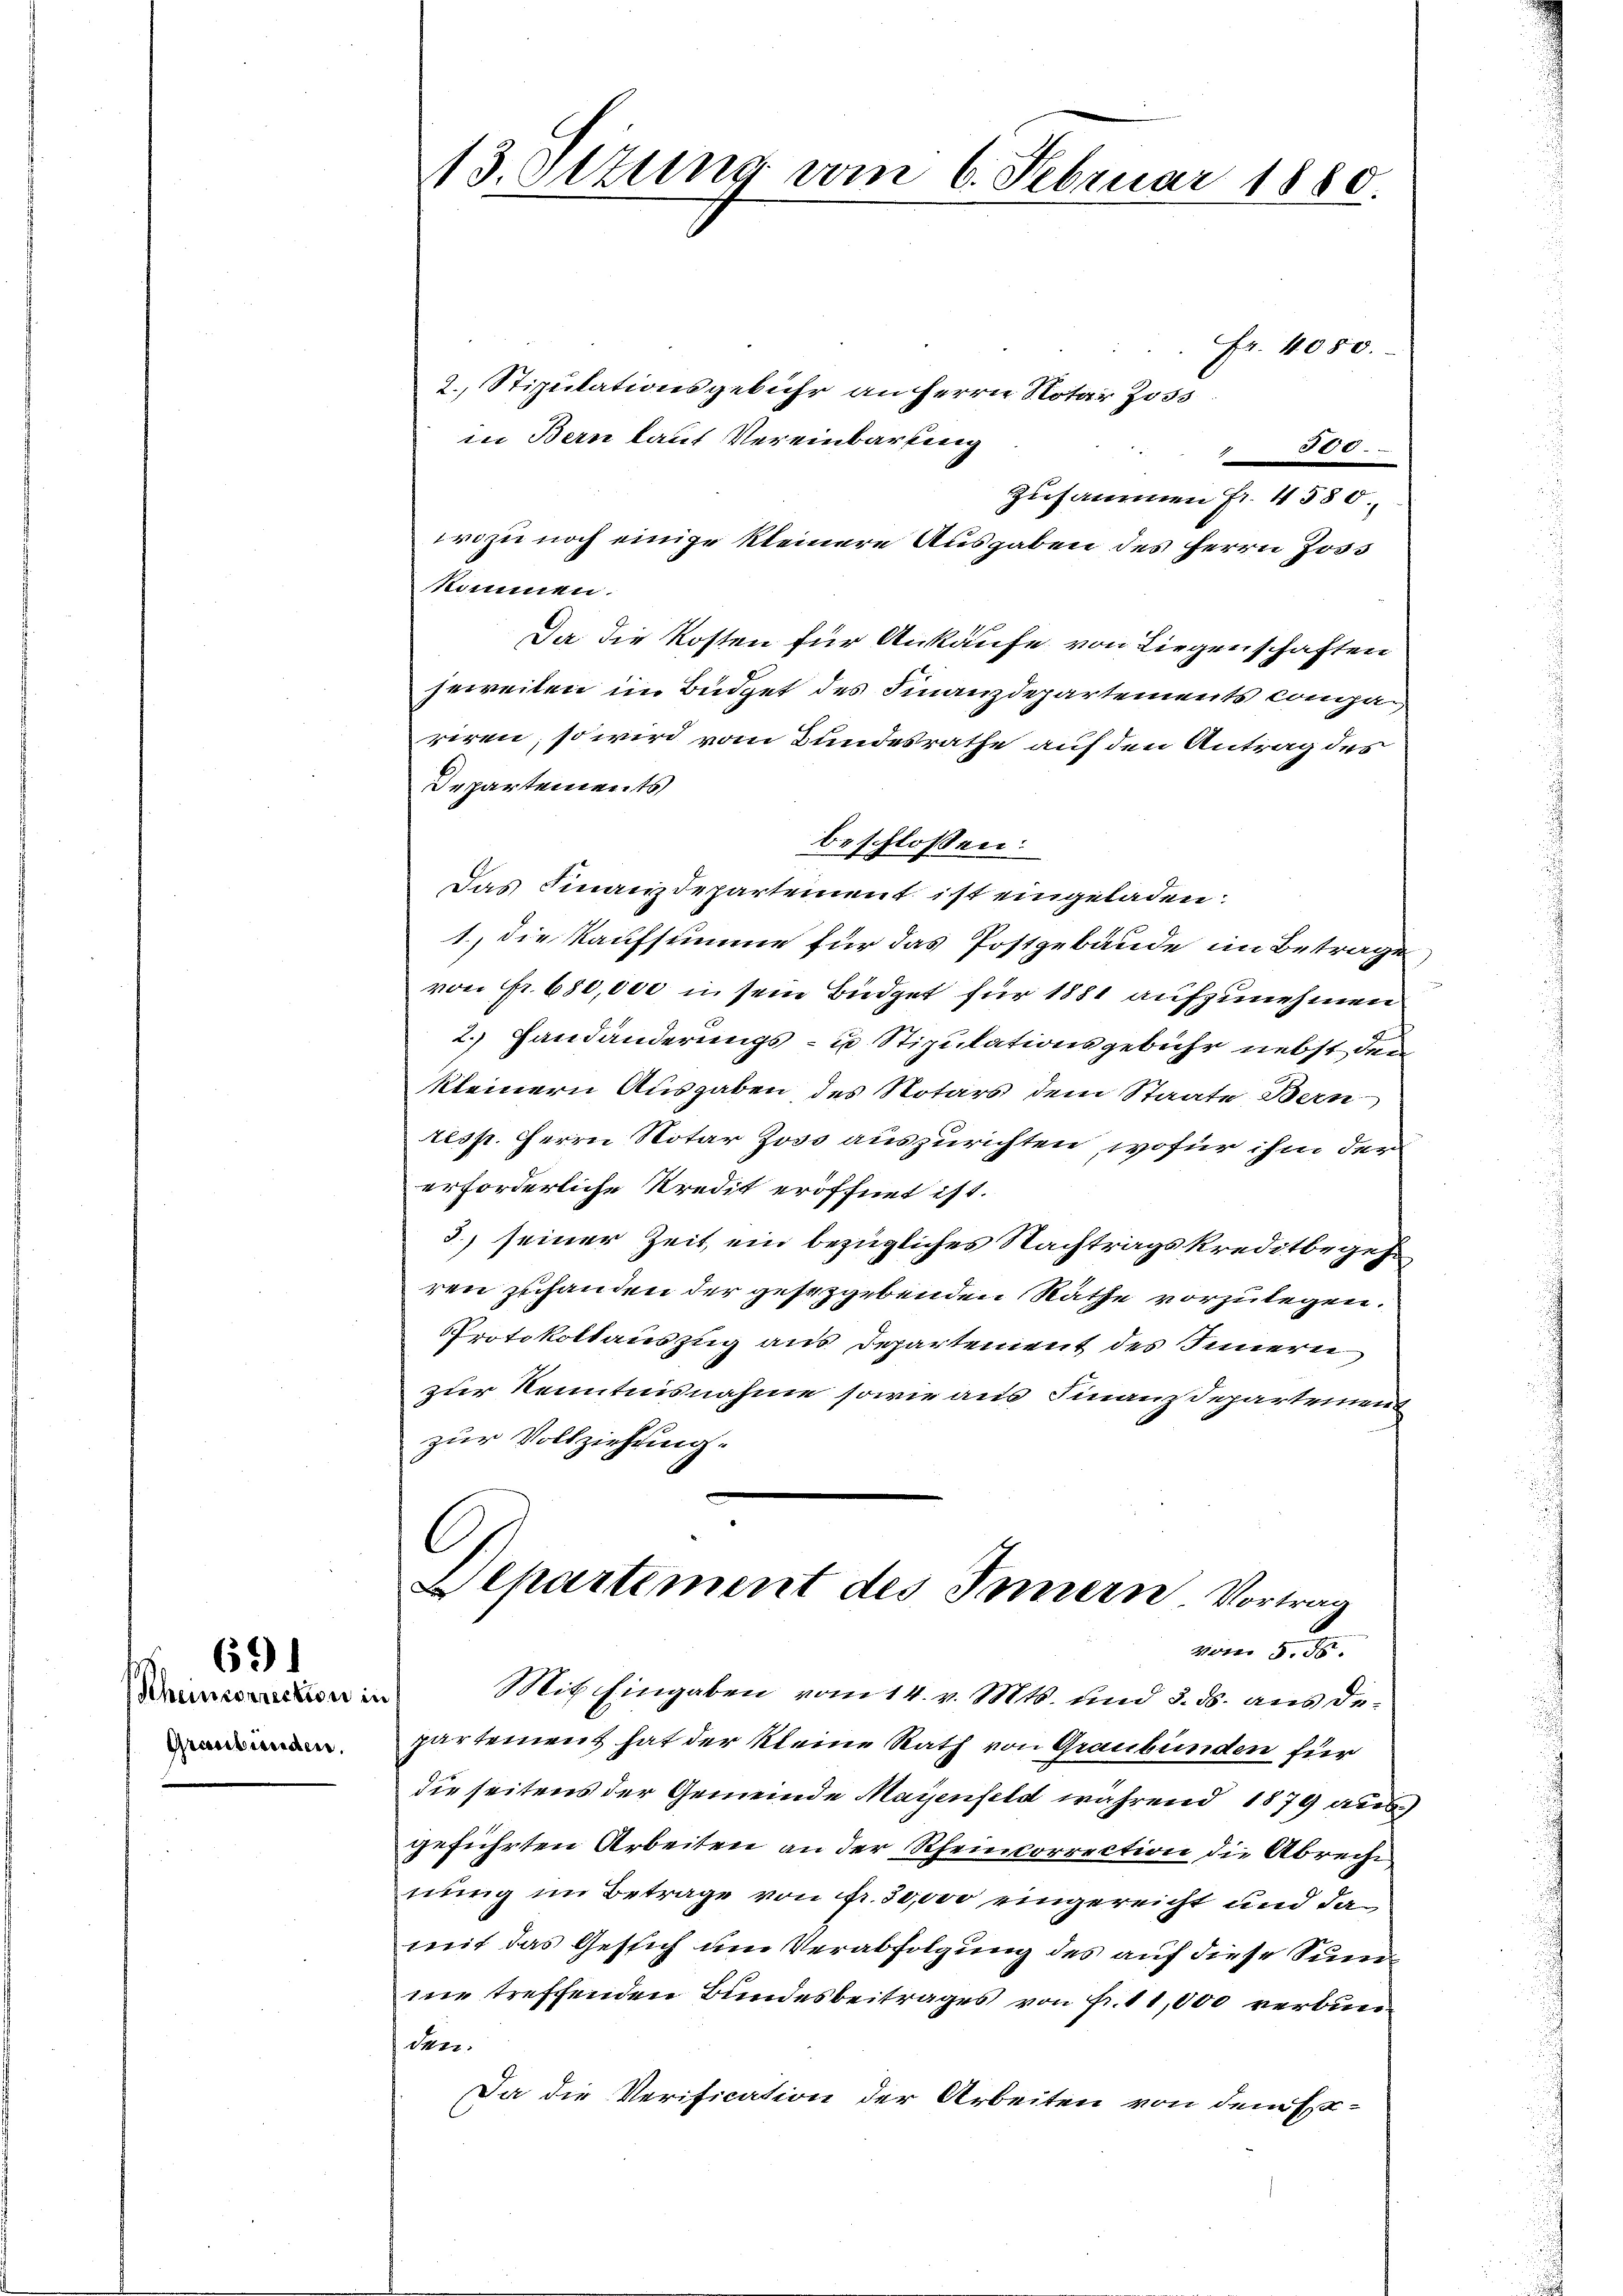
Scheincorrection i
Graubünden.

69)

13. Ottung vom 6. Februar 1880

Fr. 4050.
2. Stipulationsgebühr anherrn Notar Joss
in Bern lauf Vereinbarling
47115
zusammen Fr. 4580
wozu noch einige kleinere Ausgaben des Herrn Joss
komnen.
Da die Kosten für Ankaufe von Liegenschaften
jeweilen im Büdget des Finanzdepartements Congariren, so wird vom Bundesrathe auf den Antrag des
Departements
beschlossen:
Das Finanzdepartement ist eingeladen.
1. die Kaufsumme für das Postgebäude im Betrage
von Fr. 650,000 in sein Büdget für 1881 aufzunehmen
2.) Handänderungs- u Stipulationsgebühr nebst dem
kleinern Ausgaben des Notars dem Staate Bern
resp. Herrn Notar Zoss auszurichten, wofür ihm der
erforderliche Kredit eröffnet ist.
3) seiner Zeit, ein bezügliches Nachtragskreditbegeh
ren zuhanden der gesetzgebenden Räthe vorzulegen.
Protokollauszug aus Departement des Innern
zur Kenntnisnahme sowie aus Finanzdepartement
zur Vollziehung.
Departement des Innern Vortrag
vom 5. ds.
Mit Eingaben vom 14. v. Mts. und 3. ds. aus dee
partement hat der kleine Rath von Graubünden für
die seitens der Gemeinde Maienfeld während 1879 ausgeführten Arbeiten an der Rheinkorrection die Abrecht
nung im Betrage von Fr. 50,000 eingereicht und da
mit das Gesich um Verabfolgung des auf diese Sum
me treffenden Bundesbeitrages von Fr. 11,000 verbunden:
Da die Verification der Arbeiten von dem Ex-